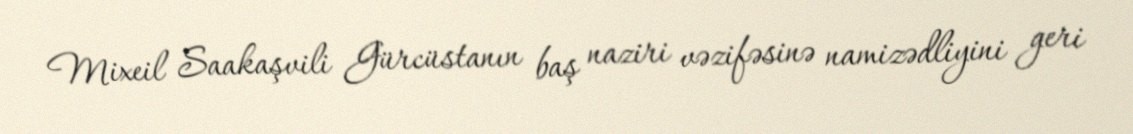
Mixeil Saakaşvili Gürcüstanın baş naziri vəzifəsinə namizədliyini geri